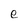
Character: e